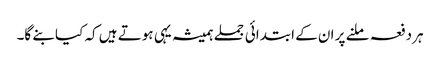
ہردفعہ ملنے پر ان کے ابتدائی جملے ہمیشہ یہی ہوتے ہیں کہ کیا بنے گا۔